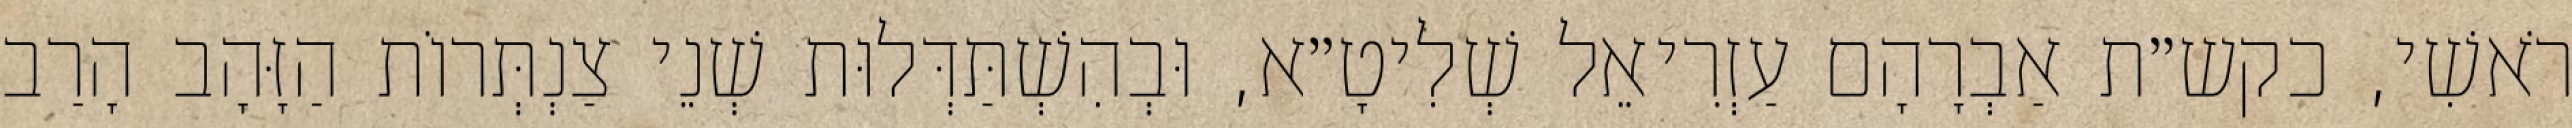
רֹאשִׁי, כקש״ת אַבְרָהָם עַזְרִיאֵל שְׁלִיטָ״א, וּבְהִשְׁתַּדְּלוּת שְׁנֵי צַנְתְּרוֹת הַזָּהָב הָרַב